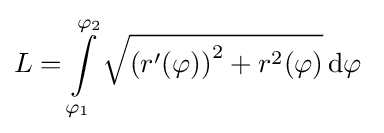
L=\int \limits _{\varphi _{1}}^{\varphi _{2}}{\sqrt {\left(r^{\prime }(\varphi )\right)^{2}+r^{2}(\varphi )}}\,\mathrm {d} \varphi \